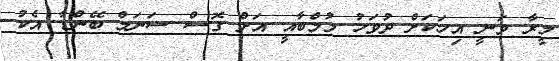
މީރާ ވަނީ އިހަކަށް ދުވަހު މުމްބާއީ އަށް ގޮސް ސަނަމް ބޭންޑާ އެކު